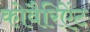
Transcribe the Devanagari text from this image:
कोवैरिऐंट